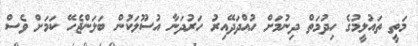
މަތީ ތައުލީމުގެ ހިދުމަތް ދިނުމަށް ހުއްދަދޭއިރު ހަރުދަނާ އުސޫލަކުން ބަލަންޖެހޭ ކަމަށް ވެސް